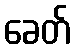
ခေတ်